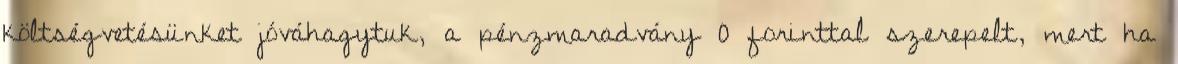
költségvetésünket jóváhagytuk, a pénzmaradvány 0 forinttal szerepelt, mert ha